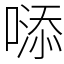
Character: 𠻹